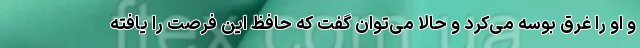
و او را غرق بوسه می‌کرد و حالا می‌توان گفت که حافظ این فرصت را یافته